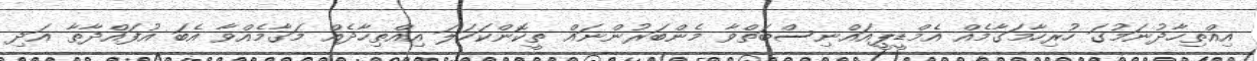
އިއްތިހާދުނަމުގަ ހުރިހާމަގާމެއް އެމްޑީޕީއައްނިސްބަތްވާ މެންބަރުންނައް ތީކޮންކަހަލަ އިއްތިހާދެއް މަގާމެއްވާ އެބަ އުފައްދާތާ އަދި